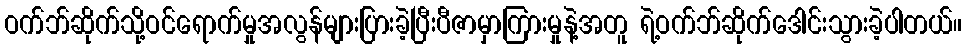
ဝက်ဘ်ဆိုက်သို့ဝင်ရောက်မှုအလွန်များပြားခဲ့ပြီးပီဇာမှာကြားမှုနဲ့အတူ ရဲ့ဝက်ဘ်ဆိုက်ဒေါင်းသွားခဲ့ပါတယ်။